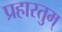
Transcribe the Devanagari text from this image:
प्रहारतुम्